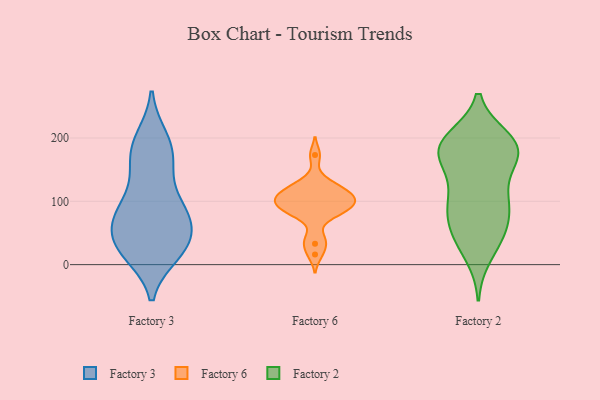
{"axis": {"x": "Backlog", "y": "Value"}, "legend": ["Factory 2", "Factory 3", "Factory 6"], "data": [{"x": "", "y": 18, "type": "Factory 3"}, {"x": "", "y": 159, "type": "Factory 3"}, {"x": "", "y": 78, "type": "Factory 3"}, {"x": "", "y": 26, "type": "Factory 3"}, {"x": "", "y": 61, "type": "Factory 3"}, {"x": "", "y": 35, "type": "Factory 3"}, {"x": "", "y": 83, "type": "Factory 3"}, {"x": "", "y": 17, "type": "Factory 3"}, {"x": "", "y": 30, "type": "Factory 3"}, {"x": "", "y": 49, "type": "Factory 3"}, {"x": "", "y": 162, "type": "Factory 3"}, {"x": "", "y": 76, "type": "Factory 3"}, {"x": "", "y": 200, "type": "Factory 3"}, {"x": "", "y": 23, "type": "Factory 3"}, {"x": "", "y": 101, "type": "Factory 3"}, {"x": "", "y": 76, "type": "Factory 3"}, {"x": "", "y": 151, "type": "Factory 3"}, {"x": "", "y": 189, "type": "Factory 3"}, {"x": "", "y": 194, "type": "Factory 3"}, {"x": "", "y": 93, "type": "Factory 3"}, {"x": "", "y": 96, "type": "Factory 6"}, {"x": "", "y": 125, "type": "Factory 6"}, {"x": "", "y": 109, "type": "Factory 6"}, {"x": "", "y": 112, "type": "Factory 6"}, {"x": "", "y": 89, "type": "Factory 6"}, {"x": "", "y": 103, "type": "Factory 6"}, {"x": "", "y": 173, "type": "Factory 6"}, {"x": "", "y": 100, "type": "Factory 6"}, {"x": "", "y": 84, "type": "Factory 6"}, {"x": "", "y": 16, "type": "Factory 6"}, {"x": "", "y": 118, "type": "Factory 6"}, {"x": "", "y": 33, "type": "Factory 6"}, {"x": "", "y": 104, "type": "Factory 6"}, {"x": "", "y": 43, "type": "Factory 6"}, {"x": "", "y": 78, "type": "Factory 6"}, {"x": "", "y": 131, "type": "Factory 6"}, {"x": "", "y": 83, "type": "Factory 6"}, {"x": "", "y": 177, "type": "Factory 2"}, {"x": "", "y": 44, "type": "Factory 2"}, {"x": "", "y": 105, "type": "Factory 2"}, {"x": "", "y": 156, "type": "Factory 2"}, {"x": "", "y": 40, "type": "Factory 2"}, {"x": "", "y": 101, "type": "Factory 2"}, {"x": "", "y": 198, "type": "Factory 2"}, {"x": "", "y": 97, "type": "Factory 2"}, {"x": "", "y": 181, "type": "Factory 2"}, {"x": "", "y": 100, "type": "Factory 2"}, {"x": "", "y": 195, "type": "Factory 2"}, {"x": "", "y": 182, "type": "Factory 2"}, {"x": "", "y": 88, "type": "Factory 2"}, {"x": "", "y": 15, "type": "Factory 2"}, {"x": "", "y": 62, "type": "Factory 2"}, {"x": "", "y": 178, "type": "Factory 2"}, {"x": "", "y": 162, "type": "Factory 2"}, {"x": "", "y": 188, "type": "Factory 2"}, {"x": "", "y": 52, "type": "Factory 2"}, {"x": "", "y": 191, "type": "Factory 2"}]}